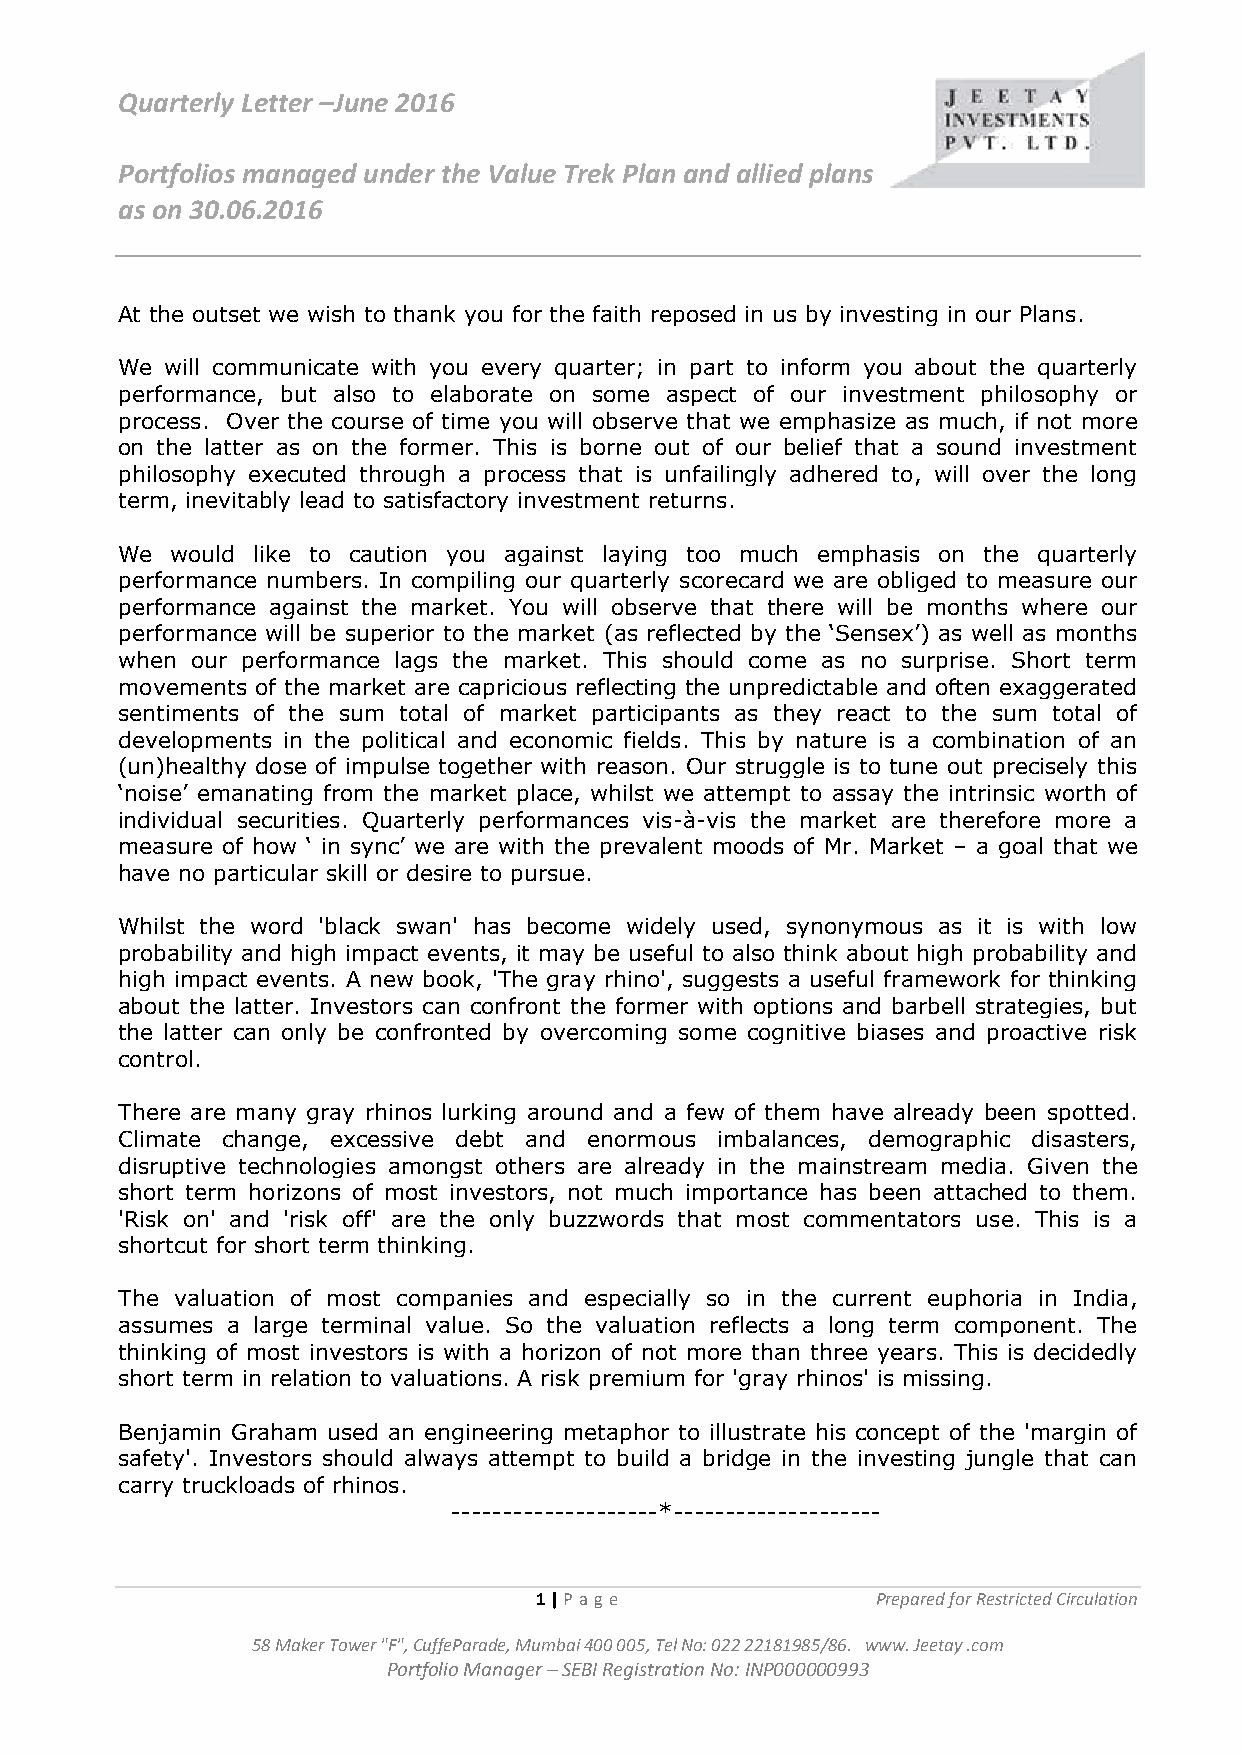
Quarterly Letter –June 2016
 Portfolios managed under the Value Trek Plan and allied plans
 as on 30.06.2016
 At the outset we wish to thank you for the faith reposed in us by investing in our Plans.
 We will communicate with you every quarter; in part to inform you about the quarterly
 performance, but also to elaborate on some aspect of our investment philosophy or
 process. Over the course of time you will observe that we emphasize as much, if not more
 on the latter as on the former. This is borne out of our belief that a sound investment
 philosophy executed through a process that is unfailingly adhered to, will over the long
 term, inevitably lead to satisfactory investment returns.
 We would like to caution you against laying too much emphasis on the quarterly
 performance numbers. In compiling our quarterly scorecard we are obliged to measure our
 performance against the market. You will observe that there will be months where our
 performance will be superior to the market (as reflected by the ‘Sensex’) as well as months
 when our performance lags the market. This should come as no surprise. Short term
 movements of the market are capricious reflecting the unpredictable and often exaggerated
 sentiments of the sum total of market participants as they react to the sum total of
 developments in the political and economic fields. This by nature is a combination of an
 (un)healthy dose of impulse together with reason. Our struggle is to tune out precisely this
 ‘noise’ emanating from the market place, whilst we attempt to assay the intrinsic worth of
 individual securities. Quarterly performances vis-à-vis the market are therefore more a
 measure of how ‘ in sync’ we are with the prevalent moods of Mr. Market – a goal that we
 have no particular skill or desire to pursue.
 Whilst the word 'black swan' has become widely used, synonymous as it is with low
 probability and high impact events, it may be useful to also think about high probability and
 high impact events. A new book, 'The gray rhino', suggests a useful framework for thinking
 about the latter. Investors can confront the former with options and barbell strategies, but
 the latter can only be confronted by overcoming some cognitive biases and proactive risk
 control.
 There are many gray rhinos lurking around and a few of them have already been spotted.
 Climate change, excessive debt and enormous imbalances, demographic disasters,
 disruptive technologies amongst others are already in the mainstream media. Given the
 short term horizons of most investors, not much importance has been attached to them.
 'Risk on' and 'risk off' are the only buzzwords that most commentators use. This is a
 shortcut for short term thinking.
 The valuation of most companies and especially so in the current euphoria in India,
 assumes a large terminal value. So the valuation reflects a long term component. The
 thinking of most investors is with a horizon of not more than three years. This is decidedly
 short term in relation to valuations. A risk premium for 'gray rhinos' is missing.
 Benjamin Graham used an engineering metaphor to illustrate his concept of the 'margin of
 safety'. Investors should always attempt to build a bridge in the investing jungle that can
 carry truckloads of rhinos.
 --------------------*--------------------
 1 | Pag e              Prepared for Restricted Circulation
 58 Maker Tower "F", CuffeParade, Mumbai 400 005, Tel No: 022 22181985/86. www. Jeetay .com
 Portfolio Manager – SEBI Registration No: INP000000993